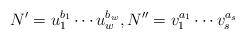
LaTeX: \begin{align*}N' = u_1^{b_1} \cdots u_w^{b_w}, N'' = v_1^{a_1} \cdots v_s^{a_s}\end{align*}